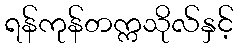
ရန်ကုန်တက္ကသိုလ်နှင့်